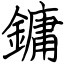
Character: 鏞